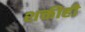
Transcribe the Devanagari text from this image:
शक्तीही